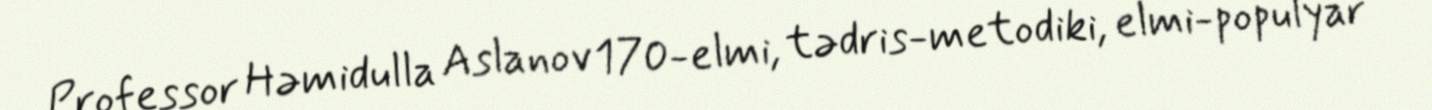
Professor Həmidulla Aslanov 170-elmi, tədris-metodiki, elmi-populyar